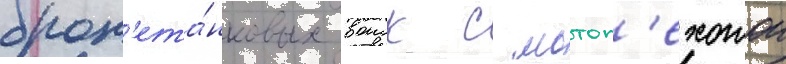
брон'ета́нковых воиск с мотоп'ехотои